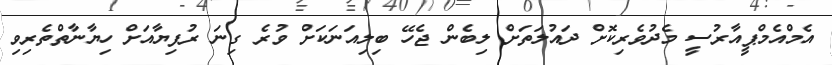
އެމްއެމްޕީއާރުސީ މެދުވެރިކޮށް ދައުލަތަށް ލިބެން ޖެހޭ ބިލިއަނަކަށް ވުރެ ގިނަ ރުފިޔާއަށް ހިޔާނާތްތެރިވި